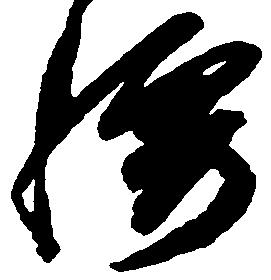
腰